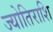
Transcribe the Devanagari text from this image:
ज्योतिराशि